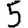
Digit: 5